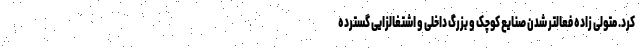
کرد. متولی زاده فعالتر شدن صنایع کوچک و بزرگ داخلی و اشتغالزایی گسترده